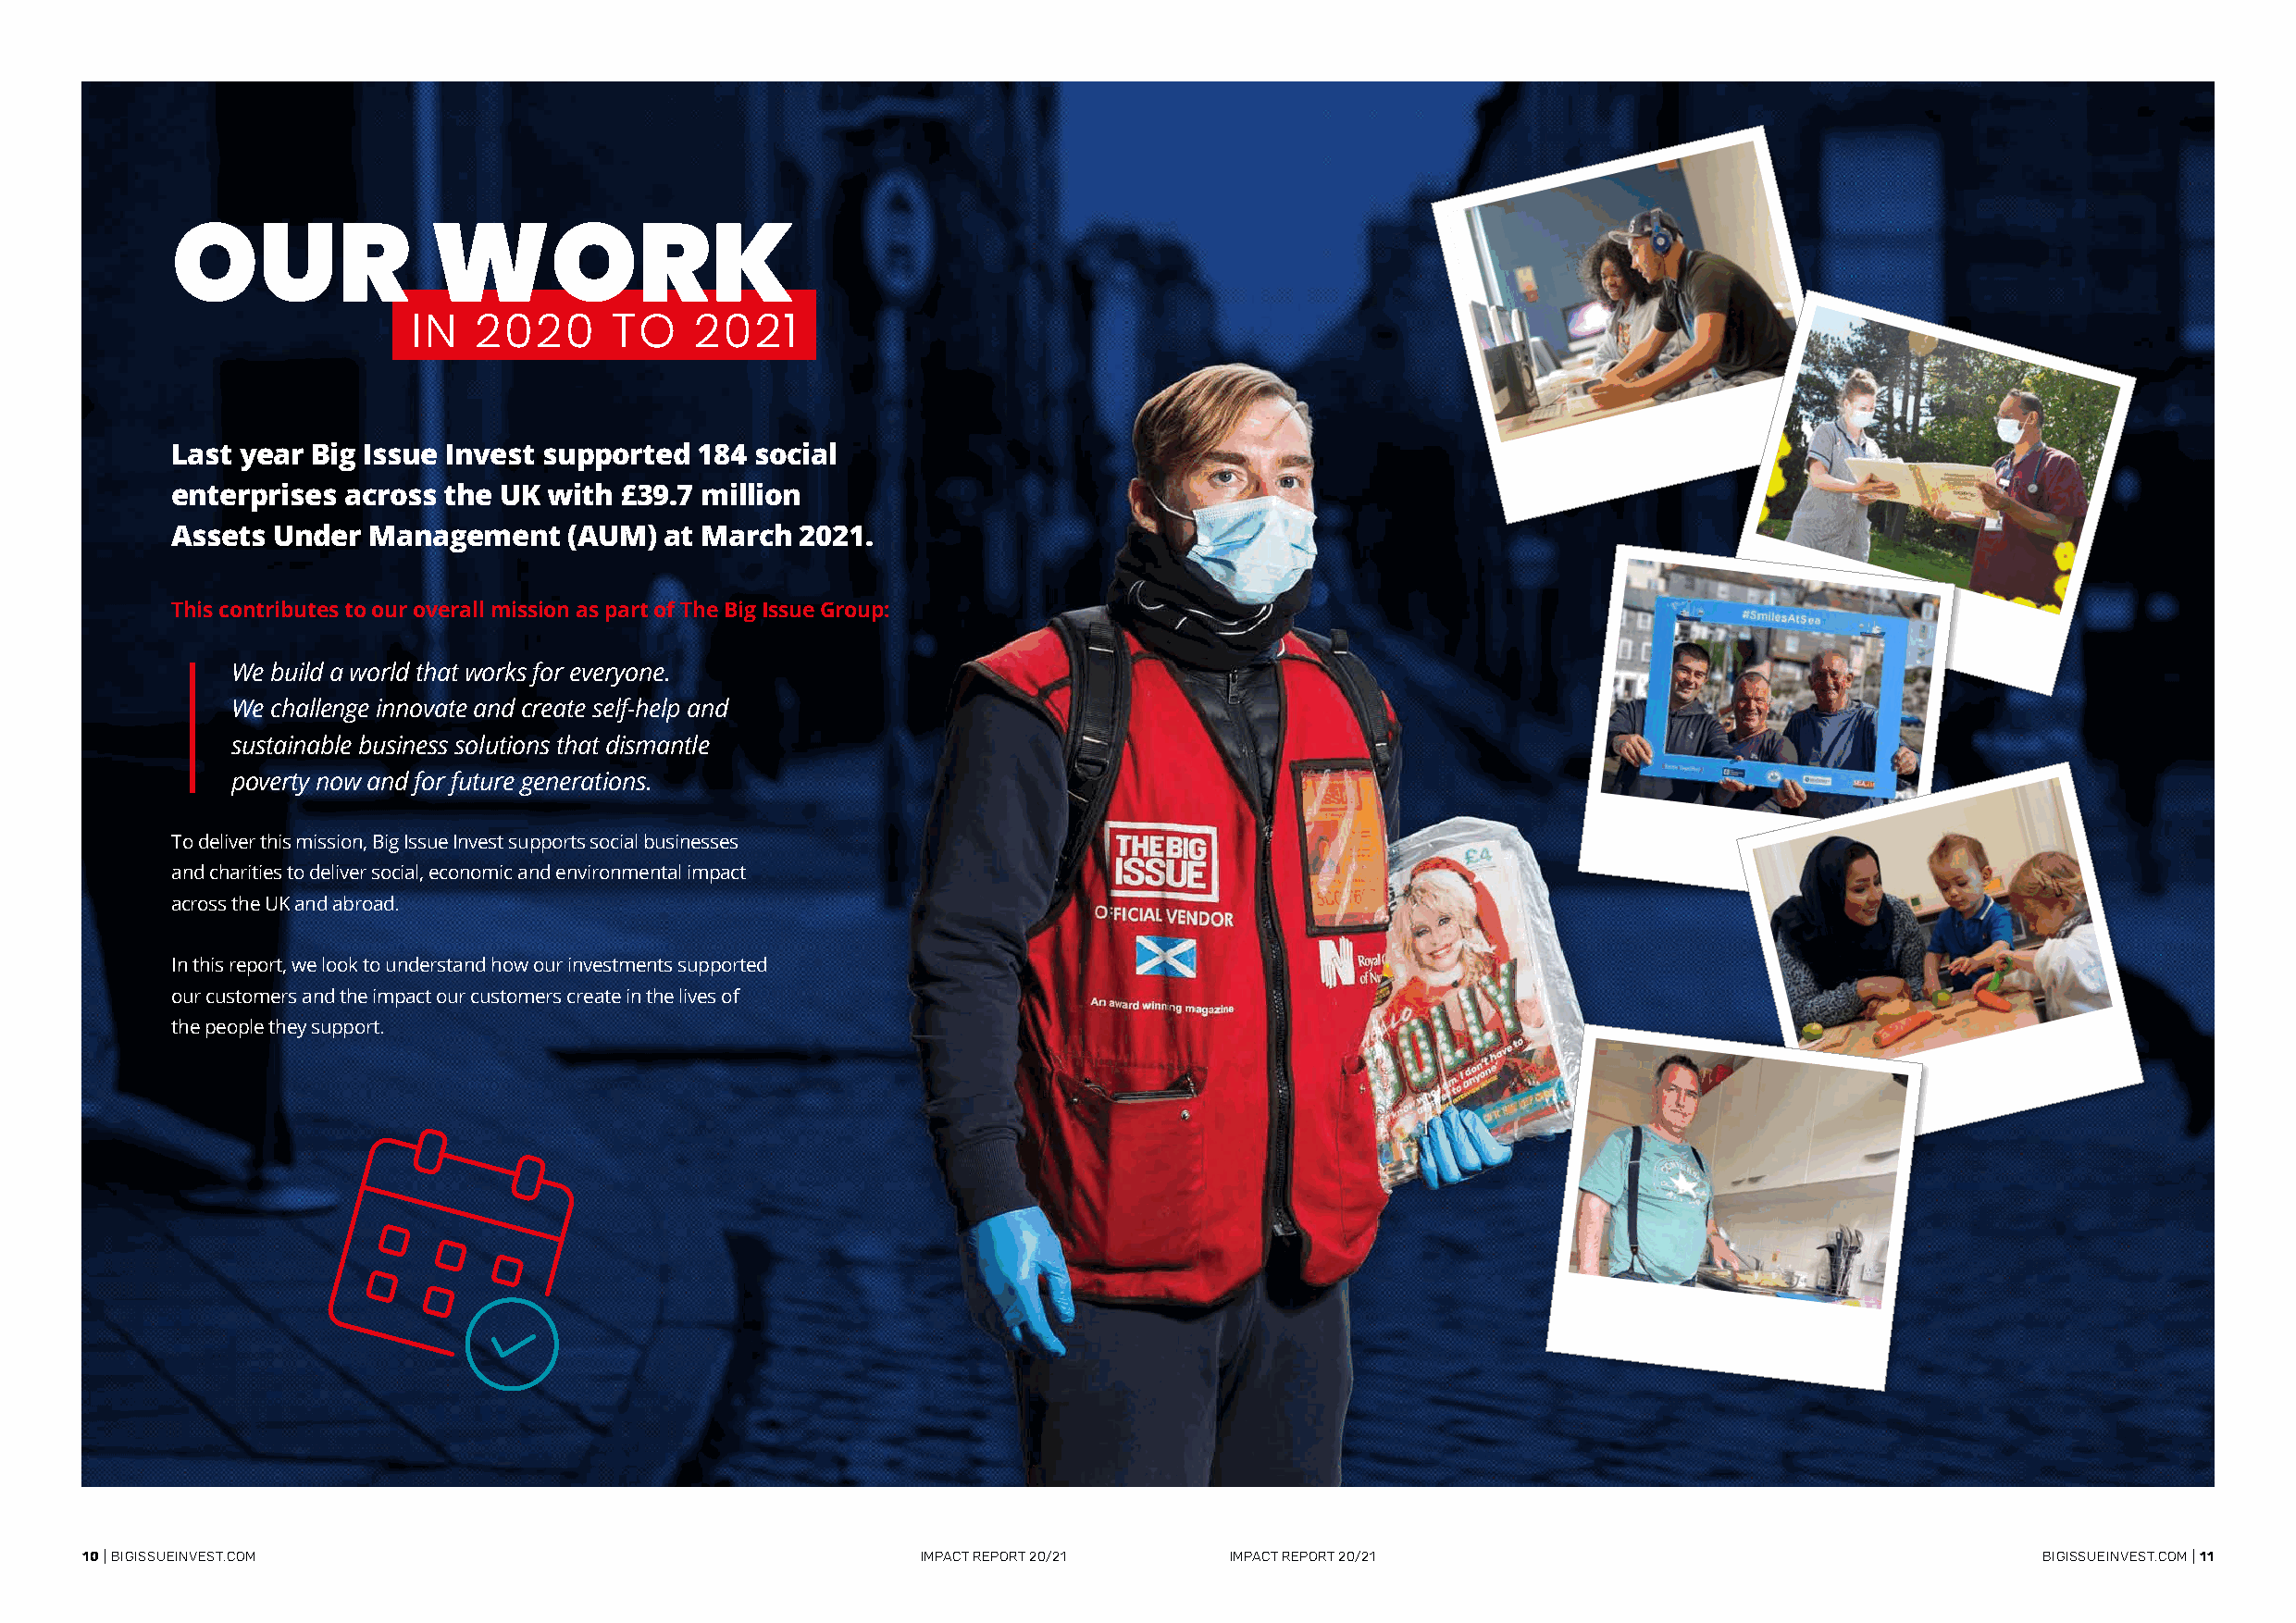
OUR                WORK
 IN   2020      TO    2021
 Last year Big Issue Invest supported  184 social
 enterprises  across the UK with £39.7 million
 Assets  Under Management     (AUM) at March  2021.
 This contributes to our overall mission as part of The Big Issue Group:
 We build a world that works for everyone.
 We challenge innovate and create self-help and
 sustainable business solutions that dismantle
 poverty now and for future generations.
 To deliver this mission, Big Issue Invest supports social businesses
 and charities to deliver social, economic and environmental impact
 across the UK and abroad.
 In this report, we look to understand how our investments supported
 our customers and the impact our customers create in the lives of
 the people they support.
 10 | BIGISSUEINVEST.COM                                     IMPACT REPORT 20/21   IMPACT REPORT 20/21                                       BIGISSUEINVEST.COM | 11